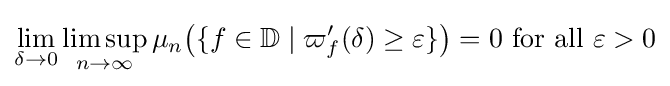
\lim _{\delta \to 0}\limsup _{n\to \infty }\mu _{n}{\big (}\{f\in \mathbb {D} \;|\;\varpi '_{f}(\delta )\geq \varepsilon \}{\big )}=0{\text{ for all }}\varepsilon >0